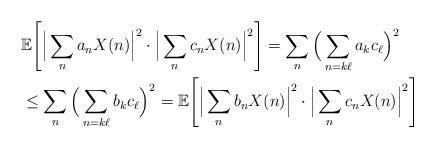
LaTeX: \begin{align*}& \mathbb{E} \Bigg [ \Big | \sum_{n} a_n X(n) \Big |^2 \cdot\Big | \sum_{n} c_n X(n) \Big |^2 \Bigg ] = \sum_{n} \Big ( \sum_{n = k\ell}a_k c_{\ell} \Big )^2 \\ & \leq\sum_{n} \Big ( \sum_{n = k \ell} b_k c_{\ell} \Big )^2= \mathbb{E} \Bigg [ \Big | \sum_{n} b_n X(n) \Big |^2 \cdot\Big | \sum_{n} c_n X(n) \Big |^2 \Bigg ]\end{align*}